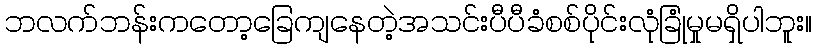
ဘလက်ဘန်းကတော့ခြေကျနေတဲ့အသင်းပီပီခံစစ်ပိုင်းလုံခြုံမှုမရှိပါဘူး။